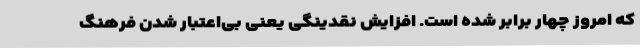
که امروز چهار برابر شده است. افزایش نقدینگی یعنی بی‌اعتبار شدن فرهنگ